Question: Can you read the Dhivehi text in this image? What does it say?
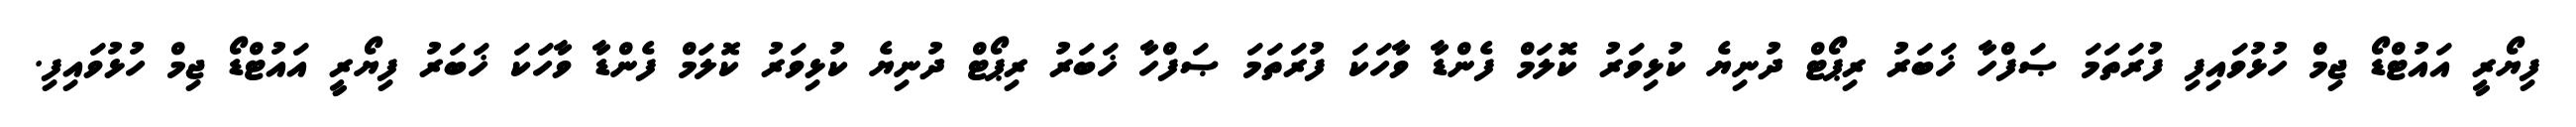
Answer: ފިޔޯރީ އައުޓްޑޯ ޖިމް ހުޅުވައިފި ފުރަތަމަ ޞަފްހާ ޚަބަރު ރިޕޯޓް ދުނިޔެ ކުޅިވަރު ކޮލަމް ފެންޑާ ވާހަކަ ފުރަތަމަ ޞަފްހާ ޚަބަރު ރިޕޯޓް ދުނިޔެ ކުޅިވަރު ކޮލަމް ފެންޑާ ވާހަކަ ޚަބަރު ފިޔޯރީ އައުޓްޑޯ ޖިމް ހުޅުވައިފި.